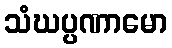
သံဃပ္ပဏာမော